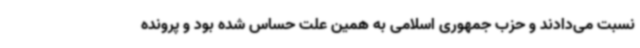
نسبت می‌دادند و حزب جمهوری اسلامی به همین علت حساس شده بود و پرونده